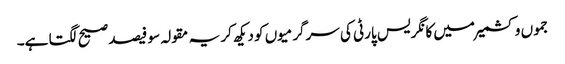
جموں و کشمیر میں کانگریس پارٹی کی سرگرمیوں کو دیکھ کر یہ مقولہ سو فیصد صیح لگتا ہے۔